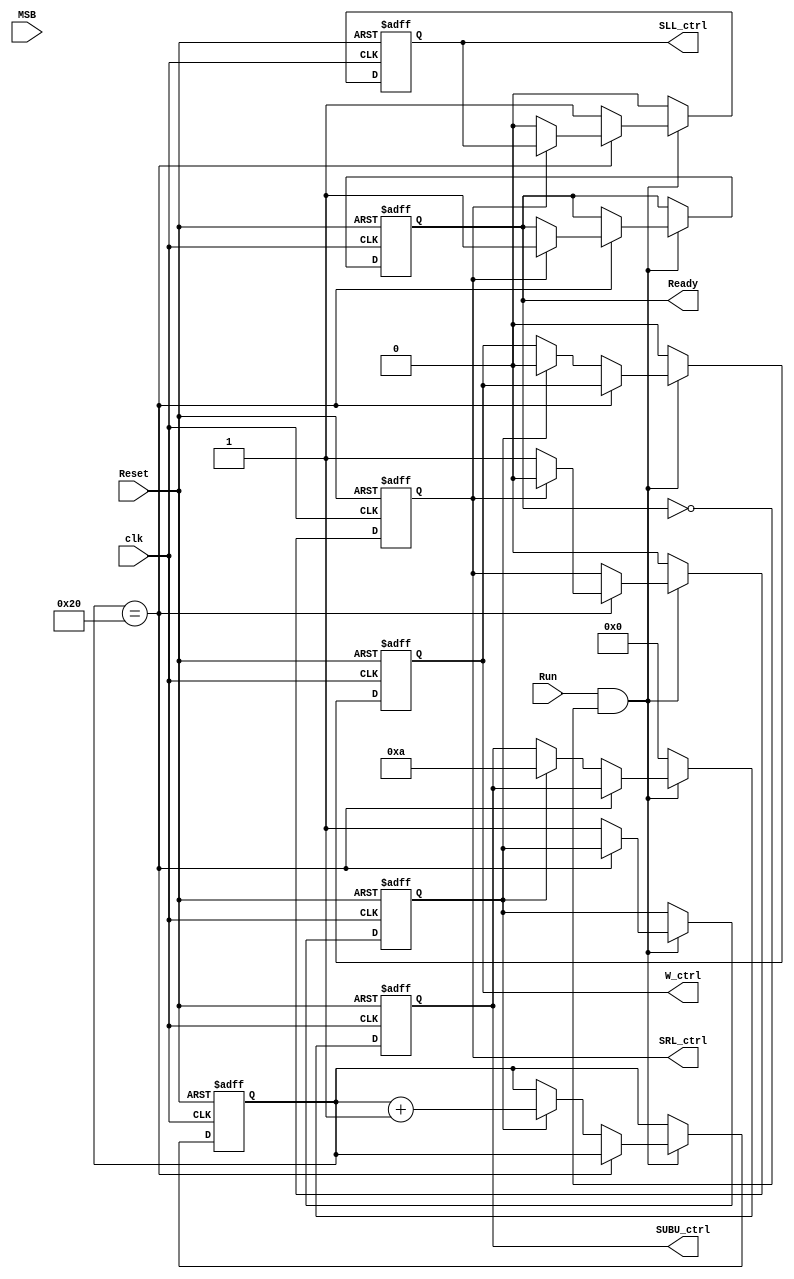
module Control(Run,Reset,clk,W_ctrl,SUBU_ctrl,SRL_ctrl,SLL_ctrl,Ready,MSB);
input Run;
input Reset;
input clk;
input MSB;

output reg W_ctrl; // Write control
output reg [5:0]SUBU_ctrl;
output reg SRL_ctrl;
output reg SLL_ctrl;
output reg Ready;
reg [5:0]counter; // counter for 32 times;
reg counting;
always@(posedge clk or  posedge Reset)
begin
    if(Reset == 1)
        begin
            W_ctrl = 1; // Write control -> 
            SUBU_ctrl = 6'b0; // Function -> ALU
            SRL_ctrl = 0; // Shift right control -> shift
            SLL_ctrl = 0; // Shift left control 
            Ready = 0; // Ready signal -> 
            counter = 0;
            counting = 0;
        end
    else if (Run == 1 && Ready == 0)
        begin
            if(counter == 32) // for (counter = 0 ; counter < 32; counter ++)
                begin
                    if(SRL_ctrl == 0)
                        begin
                            SLL_ctrl = 0;
                            SRL_ctrl = 1;
                        end
                    else
                        begin
                            SRL_ctrl = 0;
                            Ready = 1;
                        end
                end
            else 
                begin
                    if(counting == 0)
                        begin
                            SLL_ctrl = 1;
                            counting = 1;
                        end
                    else
                        begin // start to count.
                            W_ctrl = 0;   // Run
                            SUBU_ctrl = 6'b 001010;
                            if(MSB == 0) // Remainder >= 0
                                begin
                                    SLL_ctrl = 1; // 3.a -> Remainder[0] = 1;              
                                end
                            else // Remainder < 0
                                begin
                                    SLL_ctrl = 1; // 3.b -> Remainder[0] = 0;
                                end
                            counter = counter + 1;
                        end 
                end
        end
    else // Ready = 1;
        begin
            W_ctrl = 0 ; // Write control ->  -> ResetRun
            SUBU_ctrl = 0; // Function -> ALU
            SRL_ctrl = 0 ; // Shift right control -> shift
            SLL_ctrl = 0 ; // Shift left control 
            Ready = Ready; // Ready signal -> 
            counter = counter;
            counting = counting;
        end
end


endmodule